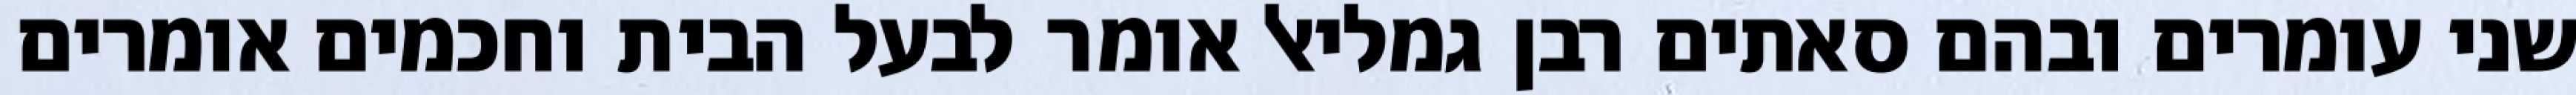
שני עומרים ובהם סאתים רבן גמליאל אומר לבעל הבית וחכמים אומרים